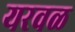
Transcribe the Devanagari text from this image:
यरवळ